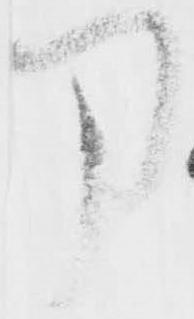
刀